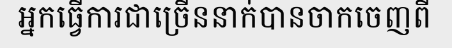
អ្នកធ្វើការជាច្រើននាក់បានចាកចេញពី